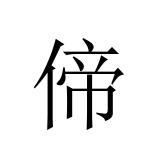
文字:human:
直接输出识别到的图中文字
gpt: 偙